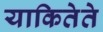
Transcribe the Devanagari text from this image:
याकितेते